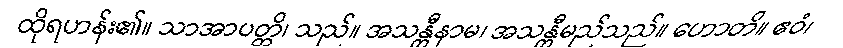
ထိုရဟန်း၏။ သာအာပတ္တိ၊ သည်။ အသန္တီနာမ၊ အသန္တီမည်သည်။ ဟောတိ။ ဧဝံ၊